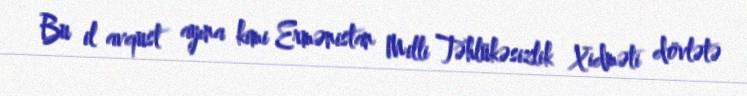
Bu il avqust ayına kimi Ermənistan Milli Təhlükəsizlik Xidməti dövlətə